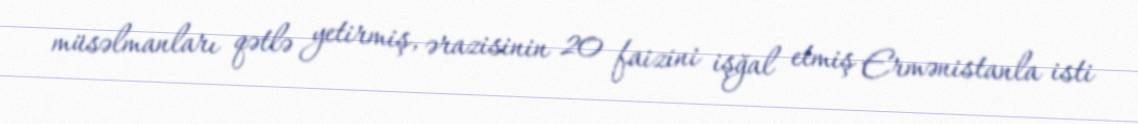
müsəlmanları qətlə yetirmiş, ərazisinin 20 faizini işğal etmiş Ermənistanla isti